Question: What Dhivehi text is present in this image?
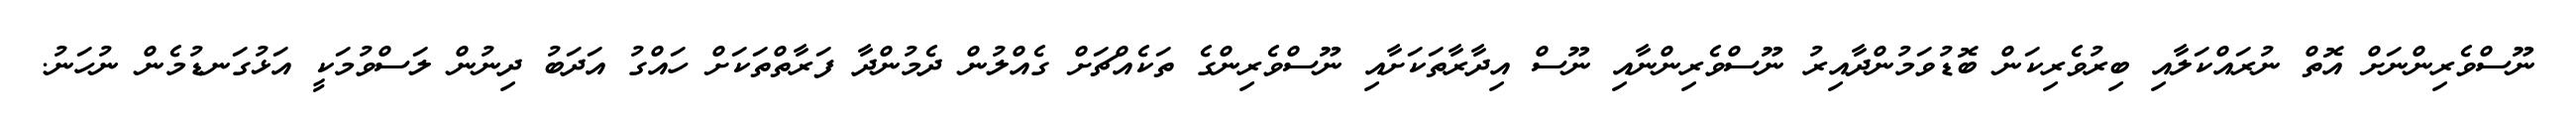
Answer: ނޫސްވެރިންނަށް އޮތް ނުރައްކަލާއި ބިރުވެރިކަން ބޮޑުވަމުންދާއިރު ނޫސްވެރިންނާއި ނޫސް އިދާރާތަކަށާއި ނޫސްވެރިންގެ ތަކެއްޗަށް ގެއްލުން ދެމުންދާ ފަރާތްތަކަށް ހައްގު އަދަބު ދިނުން ލަސްވުމަކީ އަޅުގަނޑުމެން ނުހަނު.